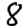
Digit: 8